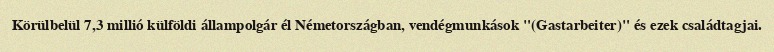
Körülbelül 7,3 millió külföldi állampolgár él Németországban, vendégmunkások "(Gastarbeiter)" és ezek családtagjai.